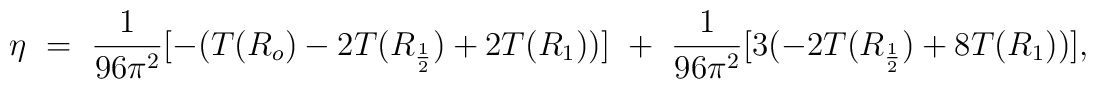
\eta ~=~ {1\over 96\pi^2} [ - (T(R_o) -2T(R_{1\over 2}) + 2T(R_1) ) ] ~+~ {1\over 96\pi^2} [3(-2T(R_{1\over 2}) + 8T(R_1))],